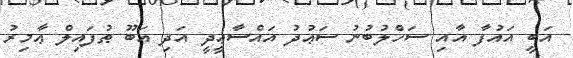
އަބީ އައުފާ އާއި ސަހްލުބުނު ސަޢުދު އައްސާޢީދީ އަދި އަބޫ ޠުފައިލް ޢާމިރު